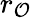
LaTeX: r_{\mathcal{O}}